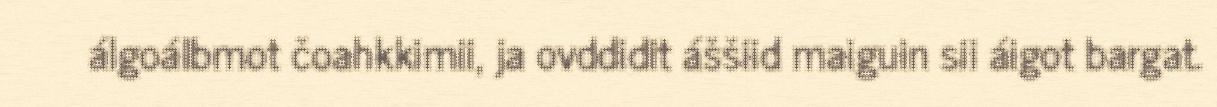
álgoálbmot čoahkkimii, ja ovddidit áššiid maiguin sii áigot bargat.